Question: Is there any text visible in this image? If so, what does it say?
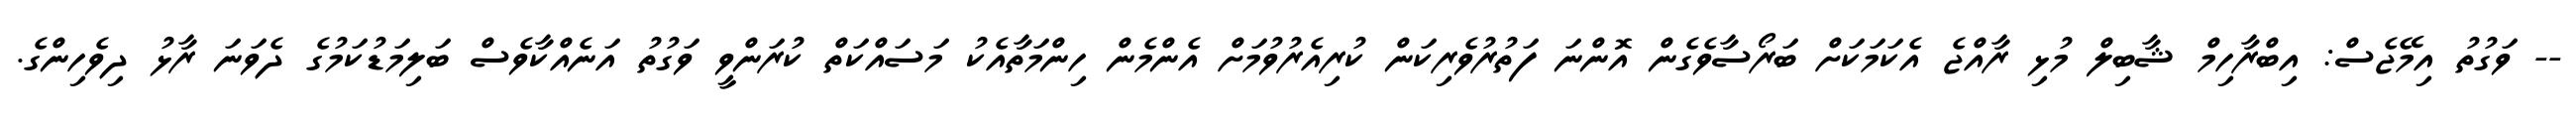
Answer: -- ވަގުތު އިމޭޖެސް: އިބްރާހިމް ޝާބިލް މުޅި ރާއްޖެ އެކަމަކަށް ބަރޯސާވެގެން އޮންނަ ފަތުރުވެރިކަން ކުރިއެރުވުމަށް އެންމެން ހިންމަތާއެކު މަސައްކަތް ކުރަންވީ ވަގުތު އަނެއްކާވެސް ބަލިމަޑުކަމުގެ ދެވަނަ ރާޅު ދިވެހިންގެ.